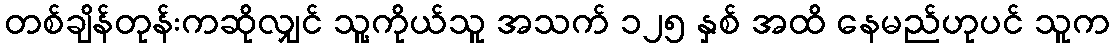
တစ်ချိန်တုန်းကဆိုလျှင် သူ့ကိုယ်သူ အသက် ၁၂၅ နှစ် အထိ နေမည်ဟုပင် သူက